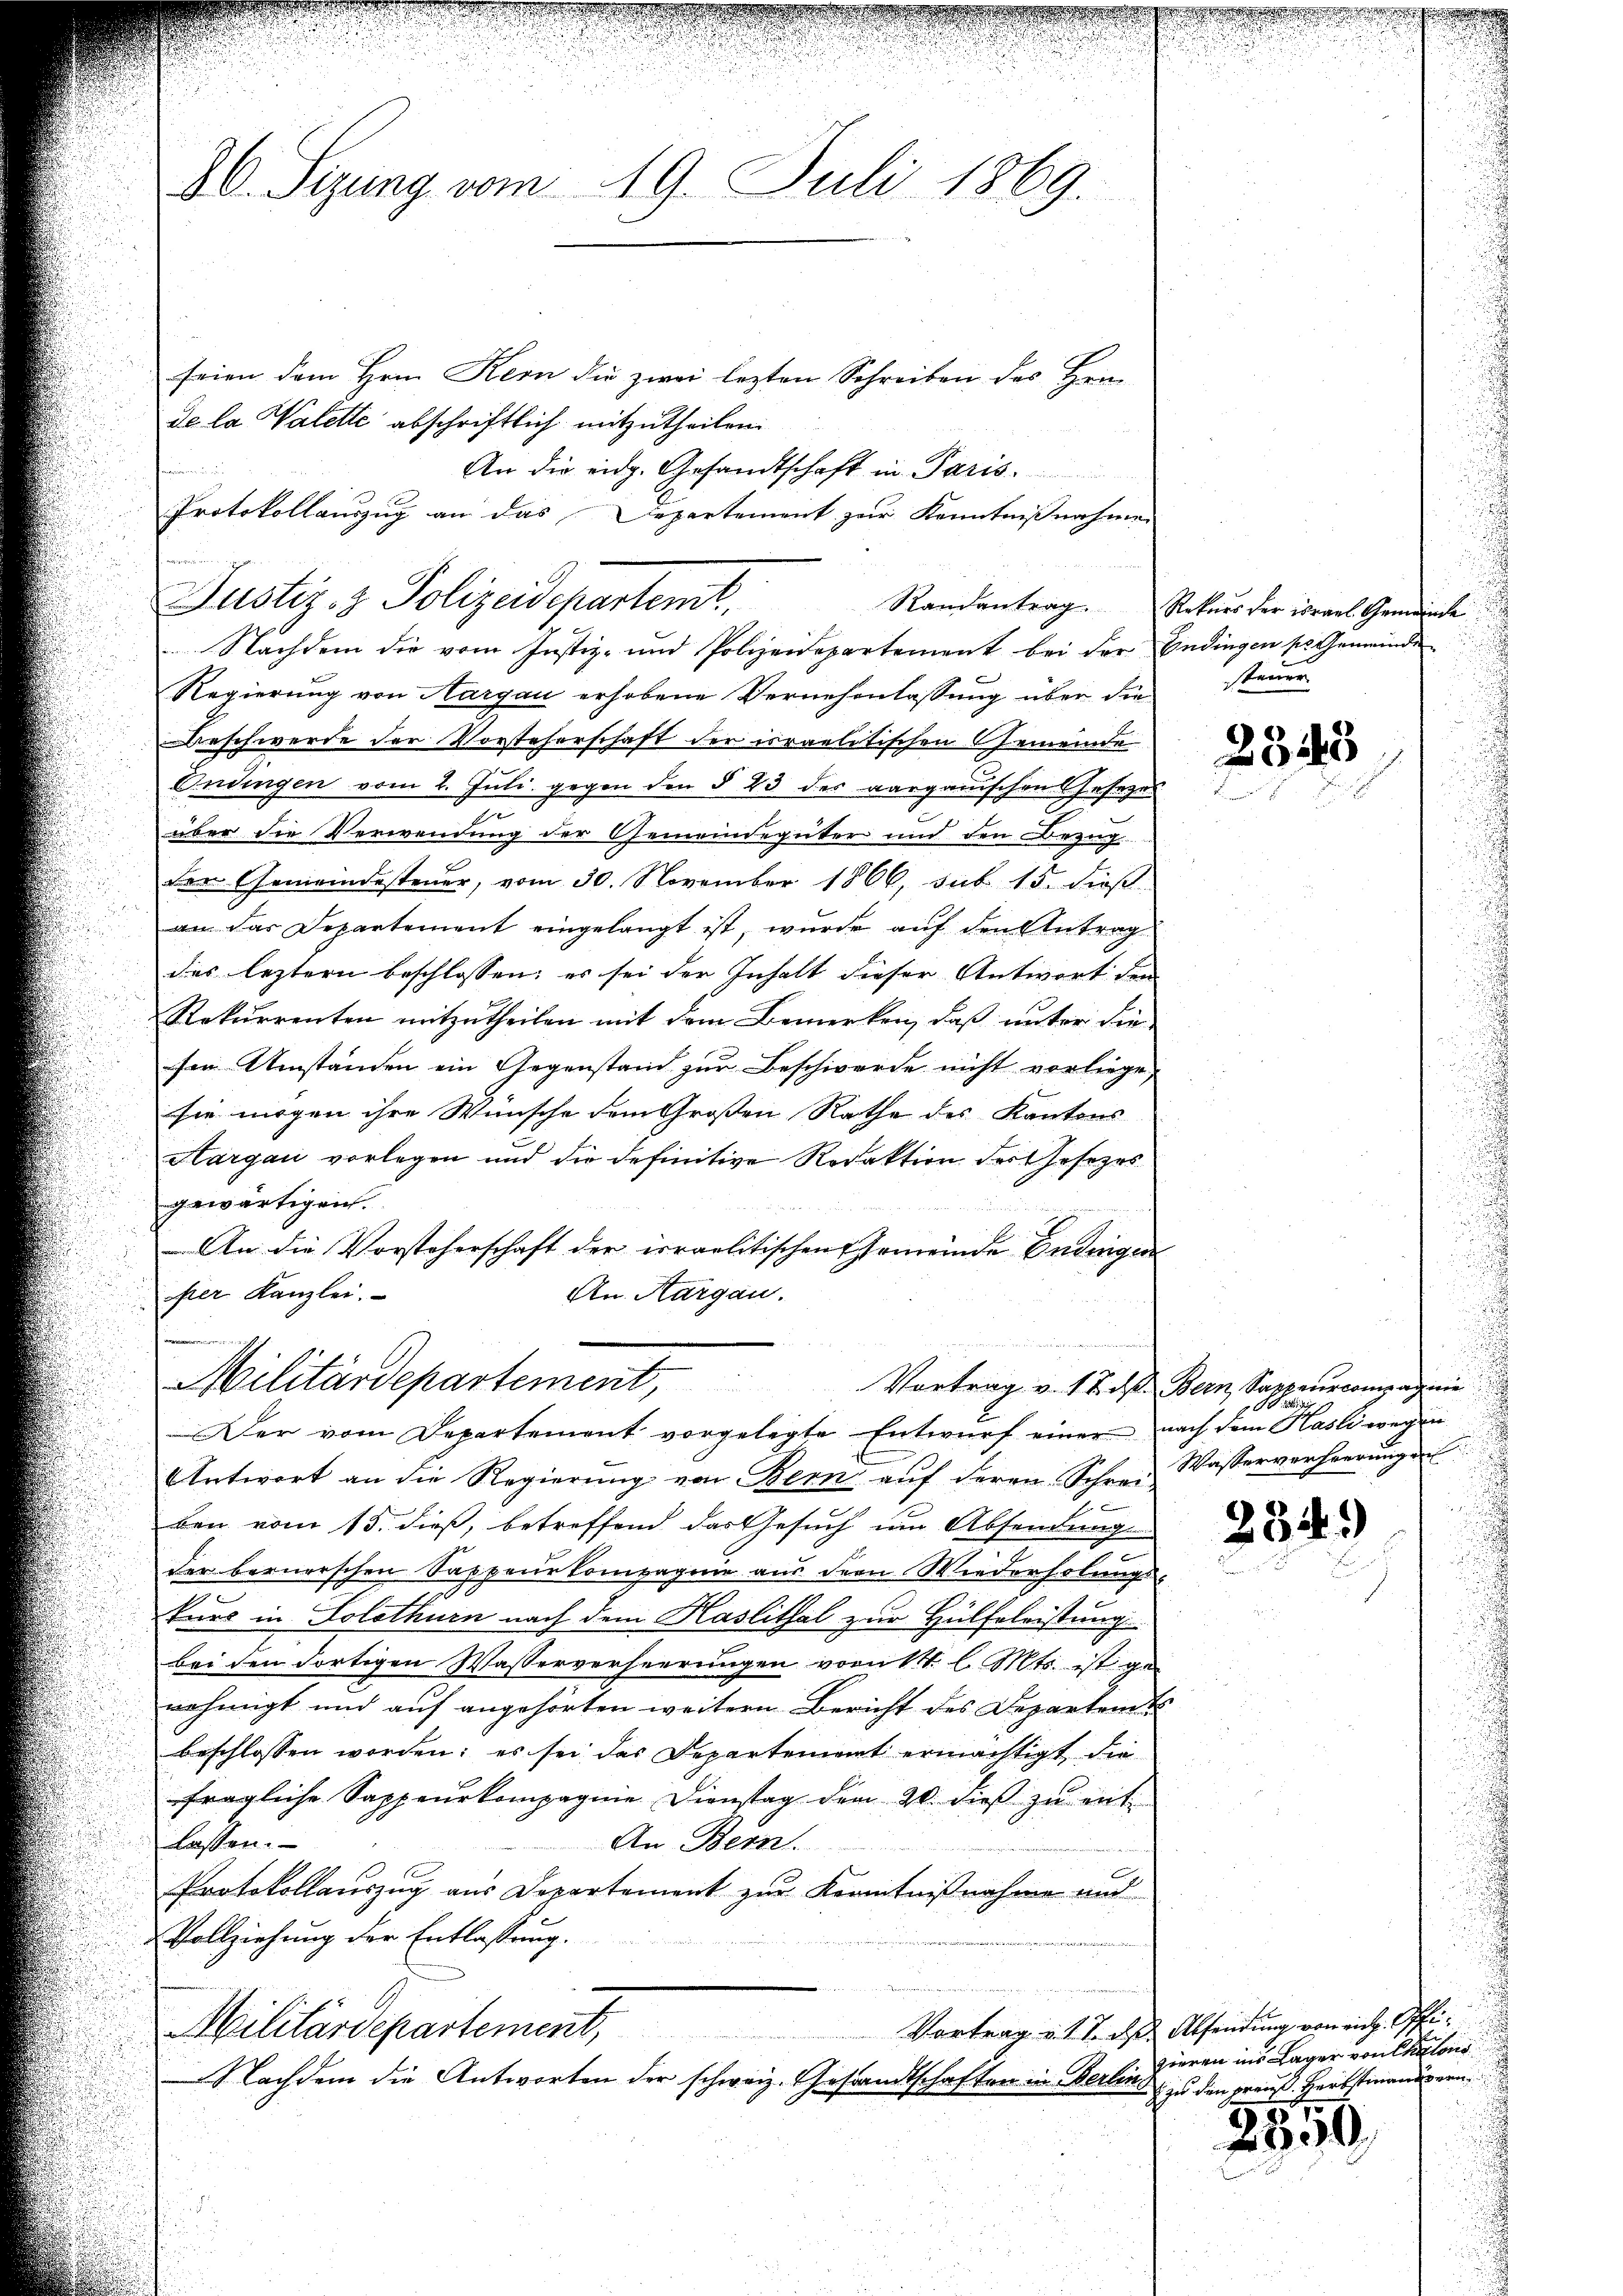
52
30. Sizung vom 19. Juli 1869.

feien dem Hrn. Kern die zwei lezten Schreiben des Herrn
de la Valette abschriftlich mitzutheilen.
e
An die eidg. Gesandtschaft in Paris.
Nachdem die vom Justiz- und Polizeidepartement bei der Endingen ses Gemeinde¬
Regierung von Aargau erhobene Vernehmlassung über die
Beschwerde der Vorsteherschaft der irraelitischen Gemeinde
Endingen vom 2. Juli gegen den § 23 des aargauischen Gesezes
über die Verwendung der Gemeindegüter und den Bezug
der Gemeindesteuer, vom 30. November 1866, sub 15. dieß.
an das Departement eingelangt ist, wurde auf den Antrag
des leztern beschlossen; es sei der Inhalt dieser Antwort den
Rekurrenten mitzutheilen mit dem Bemerken, daß unter die
ser Umständen ein Gegenstand zur Beschwerde nicht vorliege,
sie mögen ihre Wünsche dem Großen Rathe des Kantons
Hargau vorlegen und die definitive Redaktion der Gesezes
gewärtigen.
An die Vorsteherschaft der irraelitischen Gemeinde Endigen
hrer Kanzlei.
An Aargau.
Militärdepartement,
Der vom Departement vorgelegte Entwŭrf einer nach dem Kasli wegen
Antwort an die Regierung von Bern auf deren Schrei Wasserverheerungen
ben vom 15. dieß, betreffend das Gesuch um Absendung
der beruerschen Sappeurkompagnie aus der Wiederholungs-
kurs in Solothurn nach dem Haslithal zur Hülfeleistung
bei den dortigen Wasserverheerungen vorürtt. l. Mts. ist ge-
nehmigt und auf angehörten weitern Bericht des Departen u
beschlossen worden; es sei das Departement ermächtigt die
fragliche Sappeurkompagnie Dienstag dem 20. dieβ zŭ ent-
lassen.
An Bern.
Protokollauszug aus Departement zur Kenntnißnahme und
Vollziehung der Entlassung.
Militärdepartement,
Nachdem die Antworten der schweiz. Gestandtschaften in Berlin zu den preuß. Herbstmandern

Protokollauszug an das Departement zur Kenntnißnahme
Justiz- & Polizeidepartemt,
Randantrag.

Rekurs der israel Gemeinde
steuer

2345

Vortrag v. 17. d. Bern, Sappeurcompagnie
i

284.)

Vortrag u. 17. ds Absendung von ein. Offizieren ins Lager von Chalons

2550